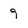
Character: 9